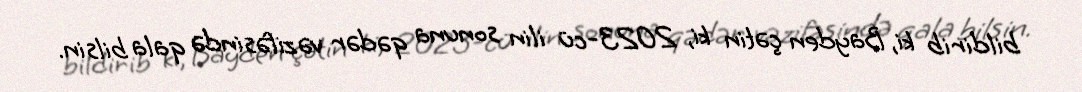
bildirib ki, Bayden çətin ki, 2023-cü ilin sonuna qədər vəzifəsində qala bilsin.